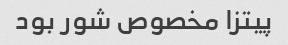
پیتزا مخصوص شور بود